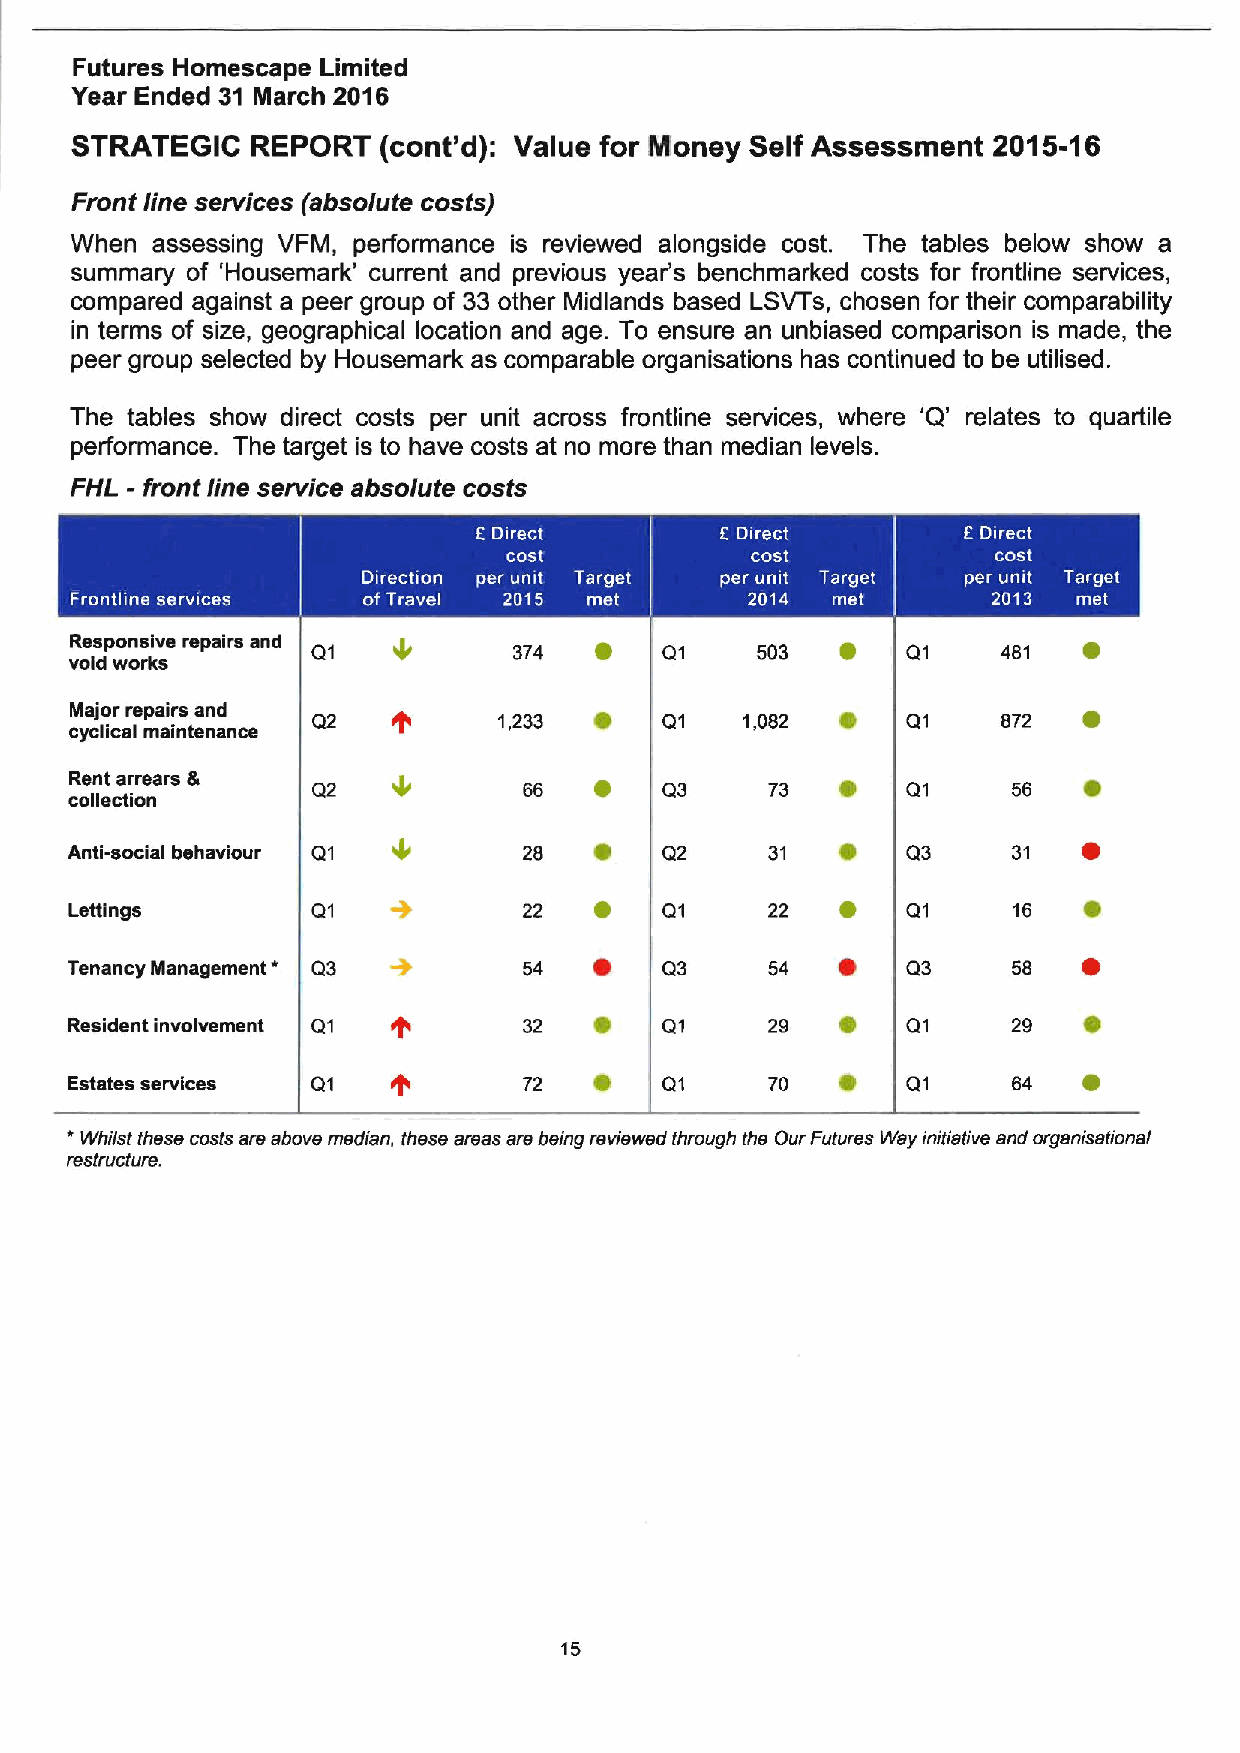
Futures Homescape Limited
 Year Ended 31 March 2016
 STRATEGIC   REPORT  (cont'd): Value for Money Self Assessment 2015-16
 Front line services (absolute costs)
 When assessing VFM, performance is reviewed alongside cost. The tables below show a
 summary of 'Housemark' current and previous year's benchmarked costs for frontline services,
 compared against a peer group of 33 other Midlands based LSVTs, chosen for their comparability
 in terms of size, geographical location and age. To ensure an unbiased comparison is made, the
 peer group selected by Housemark as comparable organisations has continued to be utilised.
 The tables show direct costs per unit across frontline services, where 'Q' relates to quartile
 performance. The target is to have costs at no more than median levels.
 FHL - front line service absolute costs
 ~   ~
 Responsive repairs and Qi 4  374  ~    Q1    503   ~   Q1    481   ~
 void works
 Major repairs and    +            ~                e               ~
 Q2          1,233      Q1   1,082      Q1    872
 cyclical maintenance
 Rent arrears 8       4            ~                e               ~
 Q2            66       Q3     73       Q1     56
 collection
 ~                e               ~
 Anti-social behaviour Q1       28       Q2     31       Q3     31
 ~                ~               ~
 Lettings        Q1            22       Q1     22       Q1     16
 *                    ~               ~                ~
 Tenancy Management Q3          54       Q3     54       Q3     58
 ~                e               e
 Resident involvement Q1       32       Q1     29       Q1     29
 ~                ~               ~
 Estates services Q1            72       Q1     70       Q1     64
 *
 Whilst these costs are above median, these areas are being reviewed through the Our Futures Way initiative and organisationai
 restructure.
 15